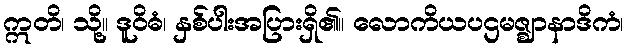
ဣတိ၊ သို့။ ဒူဝိဓံ၊ နှစ်ပါးအပြားရှိ၏။ လောကိယပဌမဇ္ဈာနာဒိကံ၊